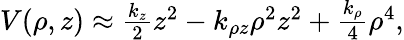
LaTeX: \begin{array}{r}{V(\rho,z)\approx\frac{k_{z}}{2}z^{2}-k_{\rho z}\rho^{2}z^{2}+\frac{k_{\rho}}{4}\rho^{4},}\end{array}